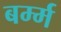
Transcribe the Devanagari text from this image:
बर्म्म